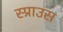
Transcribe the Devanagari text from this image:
स्प्राउस